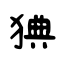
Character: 猠